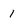
Character: I